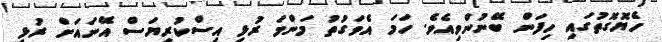
ހެޔޮގޮތުގައި ހިފަން ބޭނުންވިއެވެ. ހަމަ އެވަގުތު މަންމަ ރުޅި އިސްކުރިޔަސް އޭނައަށް ރުޅި